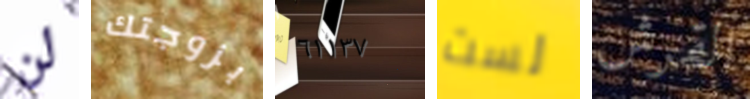
لن بزوجتك ٦١١٣٧ لست القرش